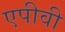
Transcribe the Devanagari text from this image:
एपीवी